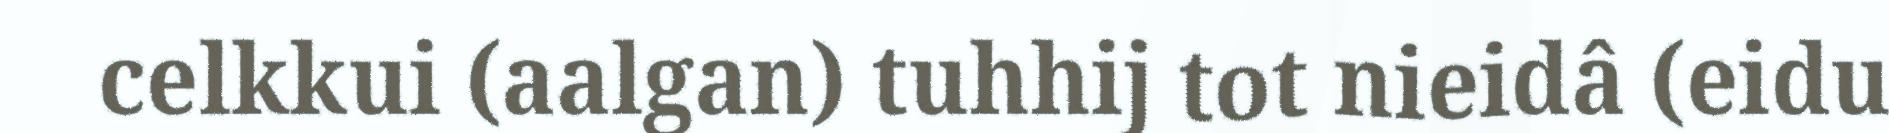
celkkui (aalgan) tuhhij tot nieidâ (eidu